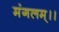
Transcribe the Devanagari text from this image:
मंगलम्।।